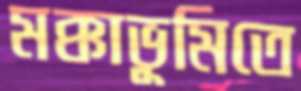
মক্কাভূমিতে